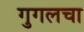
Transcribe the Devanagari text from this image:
गुगलचा